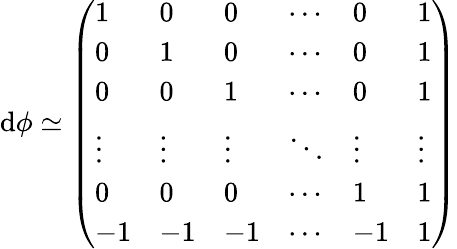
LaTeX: \mathrm{d}\phi\simeq\left(\begin{array}{llllll}{1}&{0}&{0}&{\cdots}&{0}&{1}\\ {0}&{1}&{0}&{\cdots}&{0}&{1}\\ {0}&{0}&{1}&{\cdots}&{0}&{1}\\ {\vdots}&{\vdots}&{\vdots}&{\ddots}&{\vdots}&{\vdots}\\ {0}&{0}&{0}&{\cdots}&{1}&{1}\\ {-1}&{-1}&{-1}&{\cdots}&{-1}&{1}\end{array}\right)